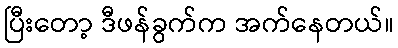
ပြီးတော့ ဒီဖန်ခွက်က အက်နေတယ်။